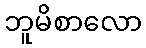
ဘူမိစာလော